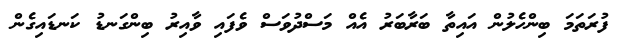
ފުރަތަމަ ބިންހެލުން އައިތާ ބަރާބަރު އެއް މަސްދުވަސް ވެފައި ވާއިރު ބިންގަނޑު ކަނޑައިގެން